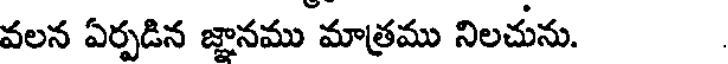
వలన ఏర్పడిన జ్ఞానము మాత్రము నిలచును.